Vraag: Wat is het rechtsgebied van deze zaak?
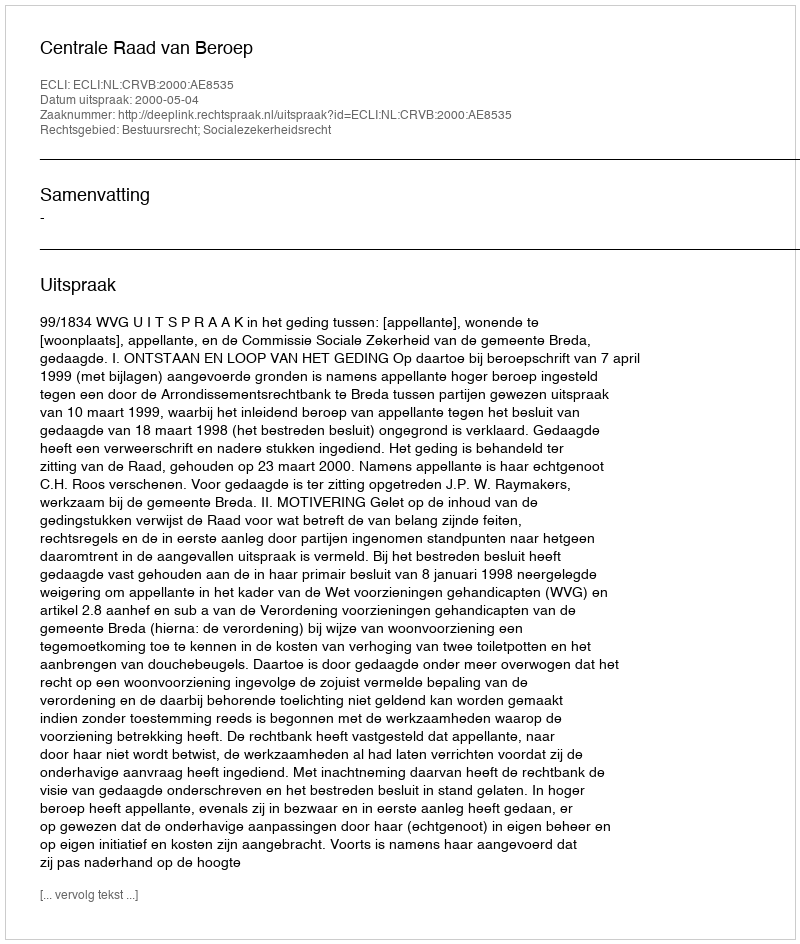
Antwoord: Bestuursrecht; Socialezekerheidsrecht